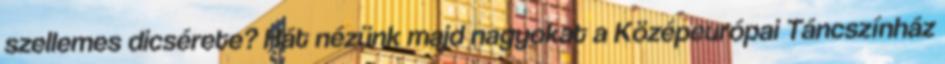
szellemes dicsérete? Hát nézünk majd nagyokat a Középeurópai Táncszínház